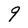
Character: 9